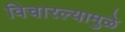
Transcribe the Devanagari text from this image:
विचारल्यामुळे